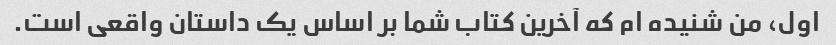
اول، من شنیده ام که آخرین کتاب شما بر اساس یک داستان واقعی است.